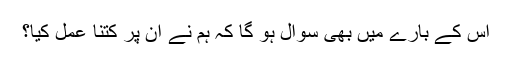
اس کے بارے میں بھی سوال ہو گا کہ ہم نے ان پر کتنا عمل کیا؟